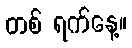
တစ် ရက်နေ့။